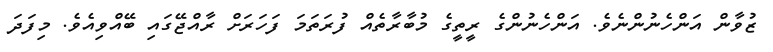
ޒުވާން އަންހެނުންނެވެ. އަންހެނުންގެ ރީތީގެ މުބާރާތެއް ފުރަތަމަ ފަހަރަށް ރާއްޖޭގައި ބޭއްވިއެވެ. މިފަދަ